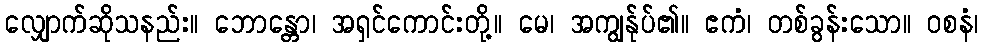
လျှောက်ဆိုသနည်း။ ဘောန္တော၊ အရှင်ကောင်းတို့။ မေ၊ အကျွန်ုပ်၏။ ဧကံ၊ တစ်ခွန်းသော။ ဝစနံ၊